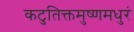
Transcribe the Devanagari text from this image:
कटुतिक्तमुष्णमधुरं